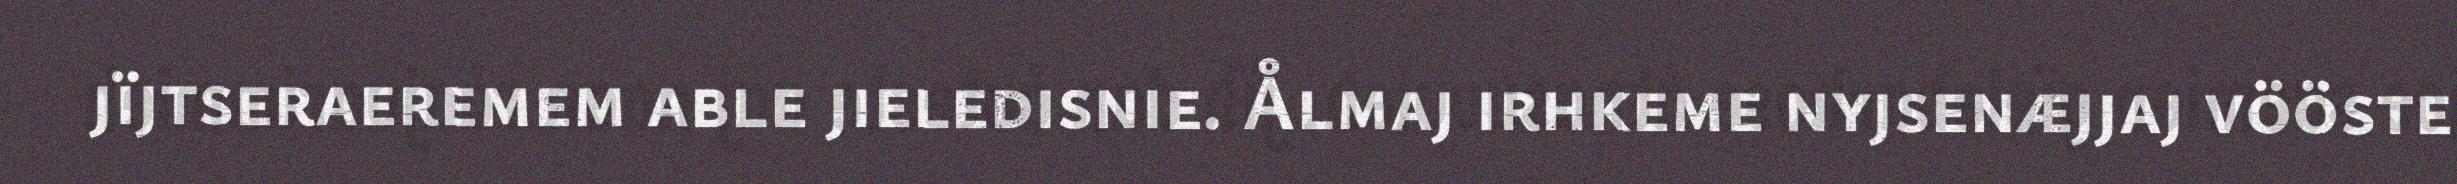
jïjtseraeremem able jieledisnie. Ålmaj irhkeme nyjsenæjjaj vööste